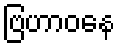
ဗြဟာဝနေ